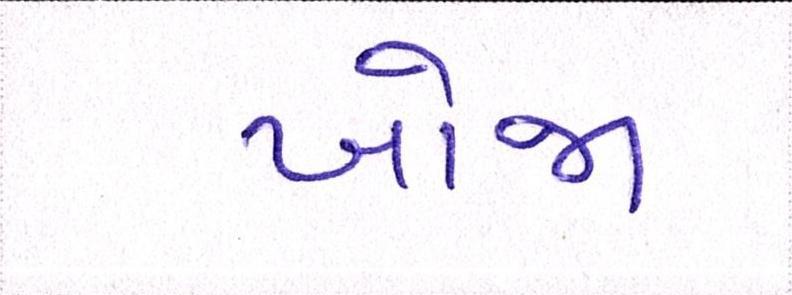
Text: ખોજા